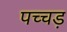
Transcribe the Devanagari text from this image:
पच्चड़